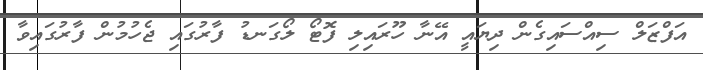
އަފްޒަލް ސިއްސައިގެން ދިޔައީ އޭނާ ހޫރައިލި ފޮޓޯ ލޯގަނޑު ފާރުގައި ޖެހުމުން ފާރުގައިވާ